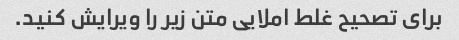
برای تصحیح غلط املایی متن زیر را ویرایش کنید.